Annual report of the Camel Specialist
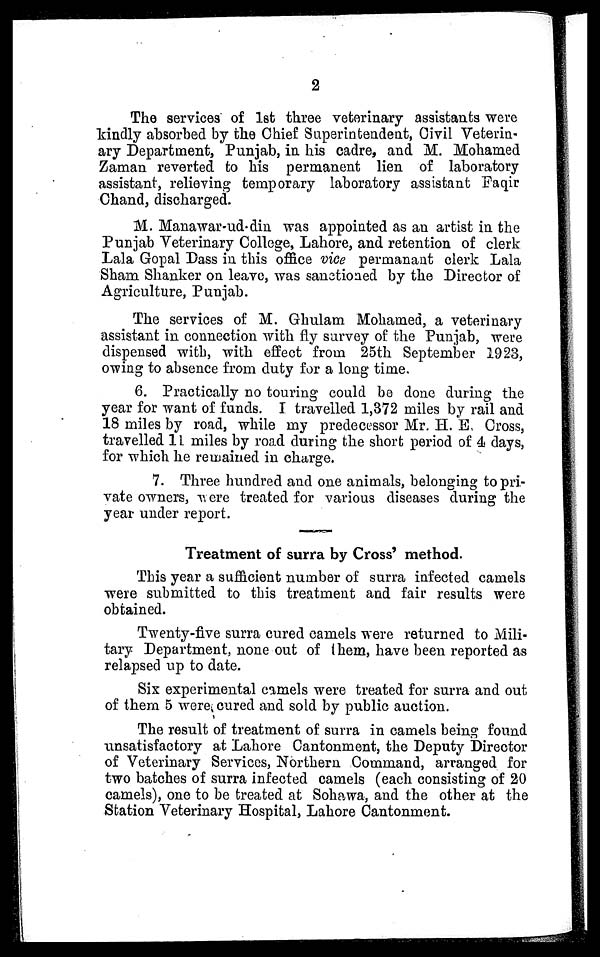
2
The services of 1st three veterinary assistants were
kindly absorbed by the Chief Superintendent, Civil Veterin-
ary Department, Punjab, in his cadre, and M. Mohamed
Zaman reverted to his permanent lien of laboratory
assistant, relieving temporary laboratory assistant Faqir
Chand, discharged.
M. Manawar-ud-din was appointed as an artist in the
Punjab Veterinary College, Lahore, and retention of clerk
Lala Gopal Dass in this office vice permanant clerk Lala
Sham Shanker on leave, was sanctioned by the Director of
Agriculture, Punjab.
The services of M. Ghulam Mohamed, a veterinary
assistant in connection with fly survey of the Punjab, were
dispensed with, with effect from 25th September 1923,
owing to absence from duty for a long time.
6. Practically no touring could be done during the
year for want of funds. I travelled 1,372 miles by rail and
18 miles by road, while my predecessor Mr. H. E. Cross,
travelled 11 miles by road during the short period of 4 days,
for which he remained in charge.
7. Three hundred and one animals, belonging to pri-
vate owners, were treated for various diseases during the
year under report.
Treatment of surra by Cross' method.
This year a sufficient number of surra infected camels
were submitted to this treatment and fair results were
obtained.
Twenty-five surra cured camels were returned to Mili-
tary Department, none out of them, have been reported as
relapsed up to date.
Six experimental camels were treated for surra and out
of them 5 were cured and sold by public auction.
The result of treatment of surra in camels being found
unsatisfactory at Lahore Cantonment, the Deputy Director
of Veterinary Services, Northern Command, arranged for
two batches of surra infected camels (each consisting of 20
camels), one to be treated at Sohawa, and the other at the
Station Veterinary Hospital, Lahore Cantonment.